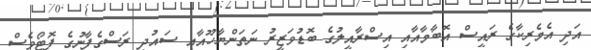
އަދި އެމެރިކާގެ ރައީސް އޮބާމާއާއި އިސްރާއީލުގެ ބޮޑުވަޒީރު ނަތަންޔާހޫއާއި ސައުދީ ރަސްގެފާނުގެ ފޮޓޯވެސް